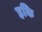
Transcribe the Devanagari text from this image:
हकि